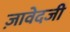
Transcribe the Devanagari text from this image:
ज़ावेदजी